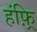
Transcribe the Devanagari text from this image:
हंफ़्रि